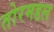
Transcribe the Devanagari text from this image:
तोरमडल